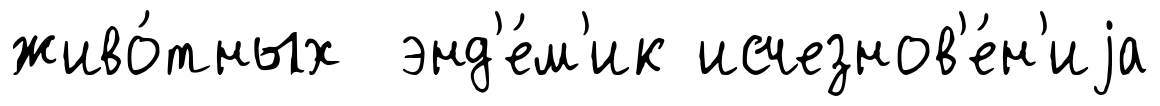
живо́тных энд'е́м'ик исчезнов'е́н'иjа